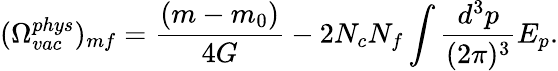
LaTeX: (\Omega_{vac}^{phys})_{mf}=\frac{(m-m_{0})}{4G}-2N_{c}N_{f}\int\frac{d^{3}p}{(2\pi)^{3}}E_{p}.